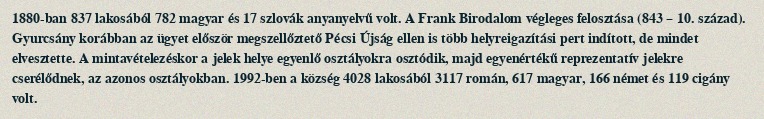
1880-ban 837 lakosából 782 magyar és 17 szlovák anyanyelvű volt. A Frank Birodalom végleges felosztása (843 – 10. század). Gyurcsány korábban az ügyet először megszellőztető Pécsi Újság ellen is több helyreigazítási pert indított, de mindet elvesztette. A mintavételezéskor a jelek helye egyenlő osztályokra osztódik, majd egyenértékű reprezentatív jelekre cserélődnek, az azonos osztályokban. 1992-ben a község 4028 lakosából 3117 román, 617 magyar, 166 német és 119 cigány volt.